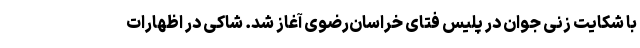
با شکایت زنی جوان در پلیس فتای خراسان‌رضوی آغاز شد. شاکی در اظهارات